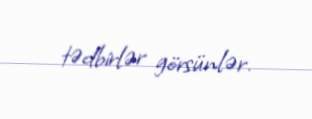
tədbirlər görsünlər.